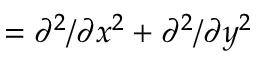
= \partial ^ { 2 } / \partial x ^ { 2 } + \partial ^ { 2 } / \partial y ^ { 2 }